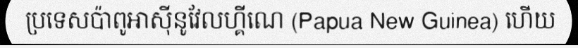
ប្រទេសប៉ាពូអាស៊ីនូវែលហ្គីណេ (Papua New Guinea) ហើយ